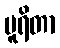
ပူရိတာ